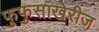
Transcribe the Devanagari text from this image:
फुफुसाखेरीज